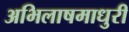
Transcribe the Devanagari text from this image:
अभिलाषमाधुरी